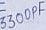
Text: 3300PF